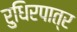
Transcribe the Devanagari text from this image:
रुधिरपात्र